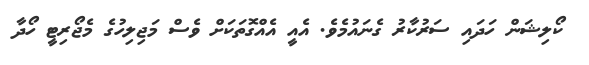
ކޯލިޝަން ހަދައި ސަރުކާރު ގެނައުމެވެ. އެއީ އެއްގޮތަކަށް ވެސް މަޖިލިހުގެ މެޖޯރިޓީ ހޯދާ